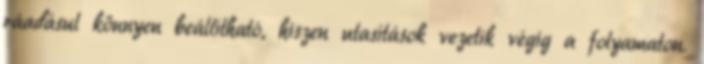
ráadásul könnyen beállítható, hiszen utasítások vezetik végig a folyamaton.